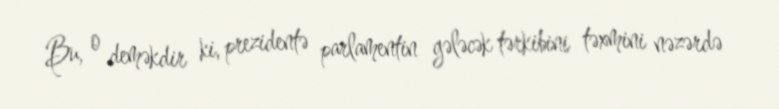
Bu, o deməkdir ki, prezidentə parlamentin gələcək tərkibini təxmini nəzərdə